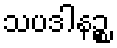
သပဒါနဉ္စ